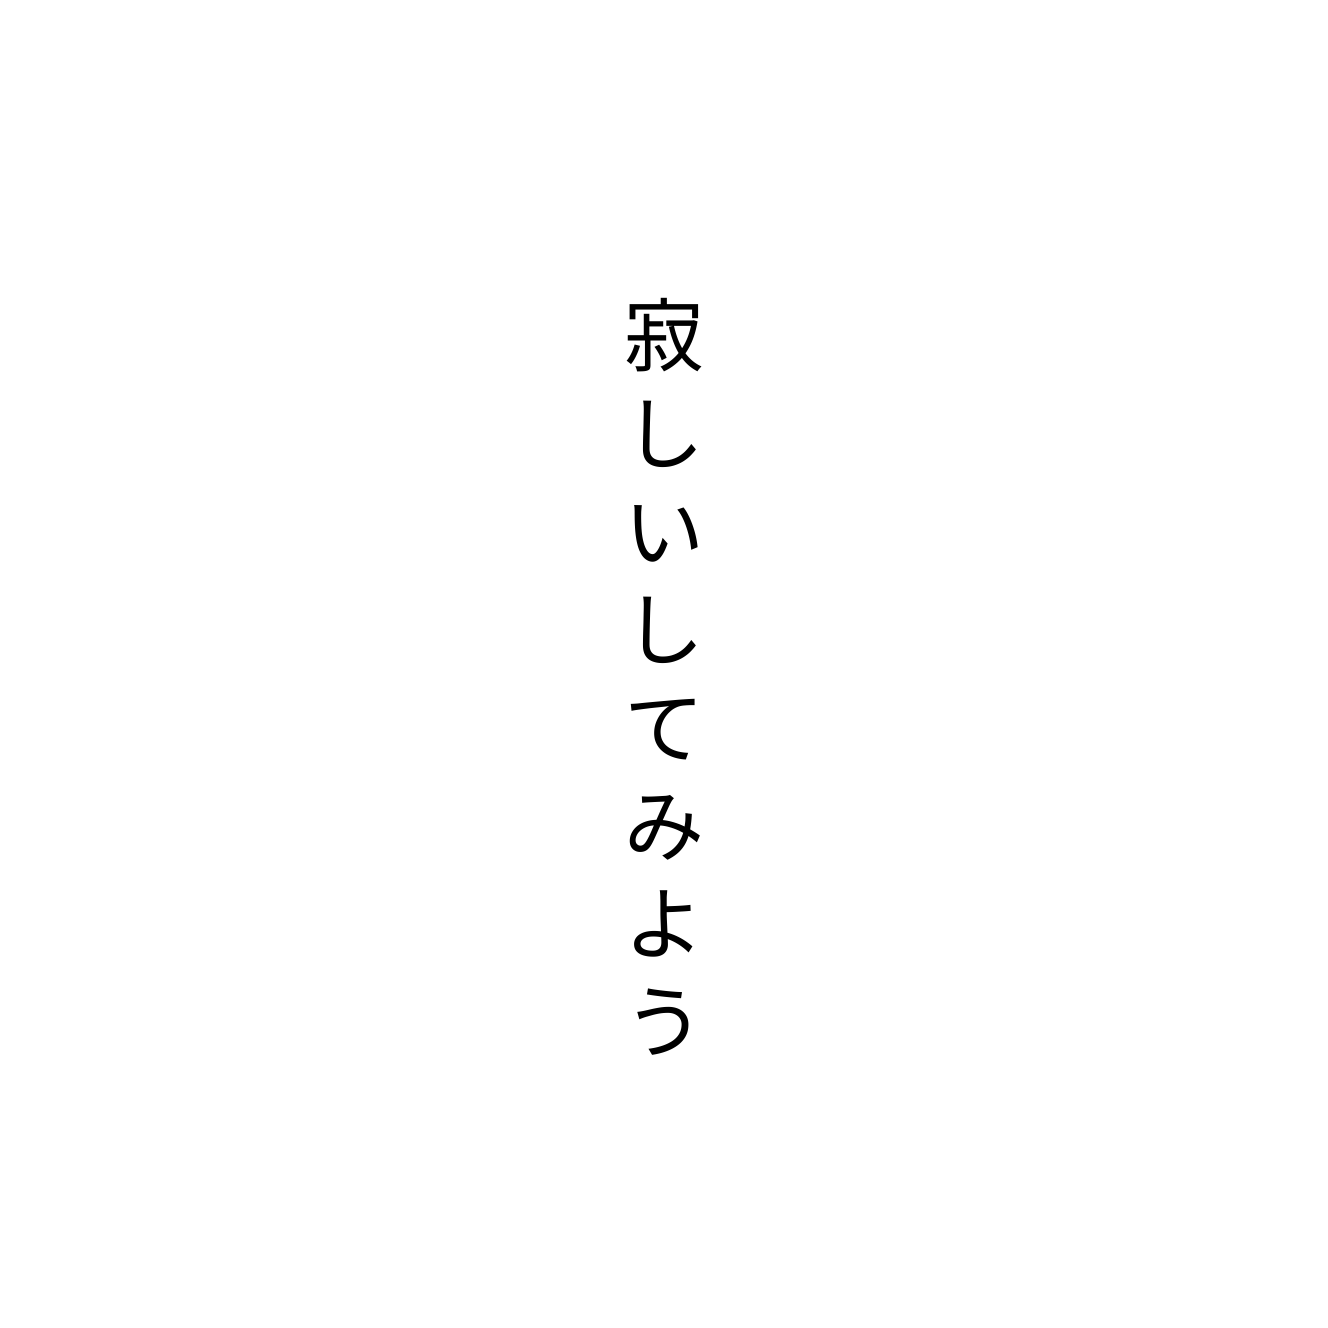
寂しいしてみよう